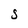
Character: j